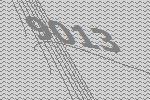
9013